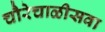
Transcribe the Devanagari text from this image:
चौरेचाळीसवा